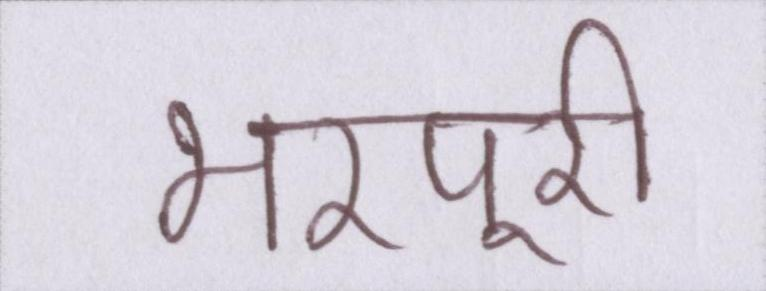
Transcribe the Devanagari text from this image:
भरपूरी